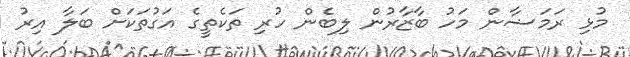
މުޅި ރަމަޟާން މަހު ބާޒާރުން ލިބެން ހުރި ތަކެތީގެ އަގުތަކަށް ބަލާ އިރު